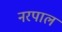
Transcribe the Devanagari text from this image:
नरपाल